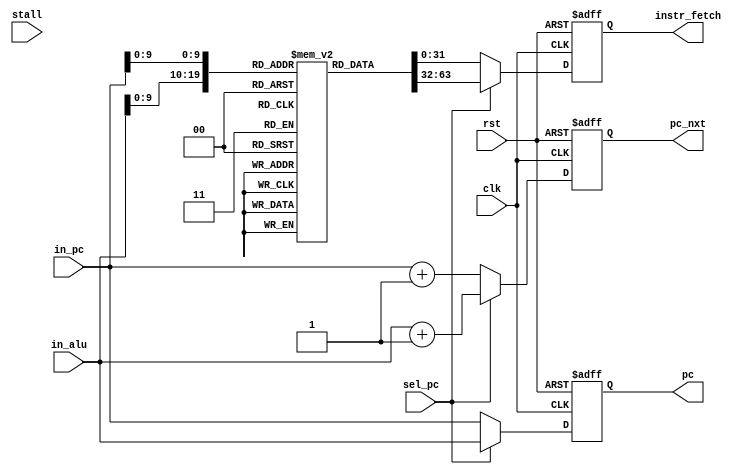
// The PC Module is handling most Fetching Logic with help of control unit (sel_pc)
module PC(
  input         clk,     // Clock input
  input         rst,     // Reset input
  input         stall,
  input         sel_pc,  // PC Select Control Signal
  input  [31:0] in_pc,   // input ALU
  input  [31:0] in_alu,  // input PC
  output [31:0] pc_nxt,  // Next
  output [31:0] pc,       // Program Counter output
  output [31:0] instr_fetch
);

    reg [31:0] w_pc;
    reg [31:0] w_pc_nxt;
    reg [31:0]  r_memory [0:1023];
    reg [31:0] r_instr_fetch; 

    assign pc = w_pc;
    assign pc_nxt = w_pc_nxt;
    assign instr_fetch = r_instr_fetch;

    initial begin
        /*
        r_memory[1] <= 32'b00000010000001000000001010010011;
        r_memory[2] <= 32'b00000010000001000000001010010011;
        r_memory[3] <= 32'b00000000100000010010000000100011;
        */

        r_memory[0] <= 32'b0;
        r_memory[1] <= 32'b00000000001000011110000110010011;
        r_memory[2] <= 32'b00000000010000011110000110010011;
        r_memory[3] <= 32'b00000000001000010100000100110011;
        r_memory[4] <= 32'b00000000100000010000000110010011;
        r_memory[5] <= 32'b00000000100000010000001000010011;
        r_memory[6] <= 32'b00000000010000011000010001100011;
        r_memory[7] <= 32'b00000000000100010110000100010011;
        r_memory[8] <= 32'b00000000000100010110000100010011;
        r_memory[9] <= 32'b00000000000100010110000100010011;
        r_memory[10] <= 32'b00000000000100010110000100010011;
        r_memory[11] <= 32'b00000000000100010110000100010011;
        r_memory[12] <= 32'b00000000000100010110000100010011;
        r_memory[13] <= 32'b00000000000100010110000100010011;
        r_memory[14] <= 32'b00000000010000011110000110010011;
    end

    always @(posedge clk or posedge rst) begin
        if (rst) begin
            w_pc <= 0;  // Reset the program counter to 0
            w_pc_nxt <=0;
            r_instr_fetch <= 32'h0;
        end else begin
            if (sel_pc) begin
            w_pc <= in_alu;          // Increment the program counter if enabled
            w_pc_nxt <= in_alu + 'd1;
            r_instr_fetch <= r_memory[in_alu];
            end else begin
                w_pc <= in_pc;          // Increment the program counter if enabled
                w_pc_nxt <= in_pc + 'd1;
                r_instr_fetch <= r_memory[in_pc];
            end
            // If stall is true we force a NOP instruction
            /*
            if (stall)
                r_instr_fetch <= 32'b00000000000000000000000000010011;
            else
                */
                //r_instr_fetch <= r_memory[in_pc];
        end
    end

endmodule